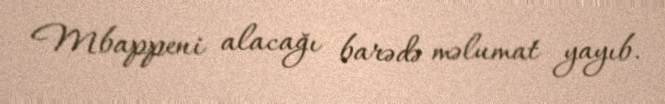
Mbappeni alacağı barədə məlumat yayıb.